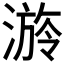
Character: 𣻒